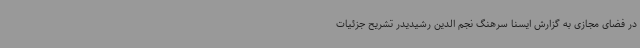
در فضای مجازی به گزارش ایسنا سرهنگ نجم الدین رشیدیدر تشریح جزئیات